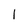
Character: 1